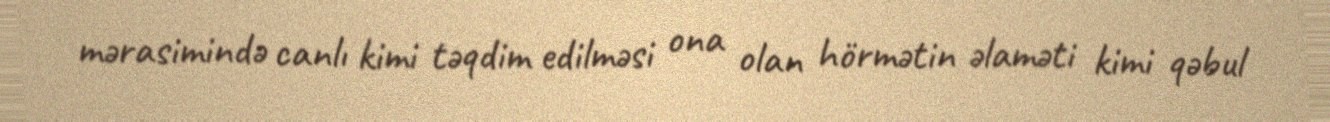
mərasimində canlı kimi təqdim edilməsi ona olan hörmətin əlaməti kimi qəbul